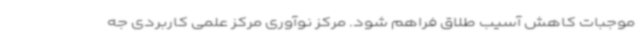
موجبات کاهش آسیب طلاق فراهم شود. مرکز نوآوری مرکز علمی کاربردی جه